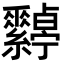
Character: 𦈀